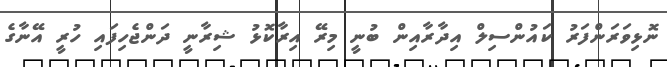
ނޮޅިވަރަންފަރު ކައުންސިލް އިދާރާއިން ބުނީ މިރޭ އިރާކޮޅު ޝިރާނީ ދަންޖެހިފައި ހުރީ އޭނާގެ